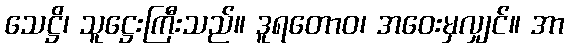
သေဋ္ဌိ၊ သူဋ္ဌေးကြီးသည်။ ဒူရတောဝ၊ အဝေးမှလျှင်။ အာ